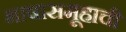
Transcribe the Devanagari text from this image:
भाषासमूहाची